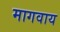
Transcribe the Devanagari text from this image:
मागवाय